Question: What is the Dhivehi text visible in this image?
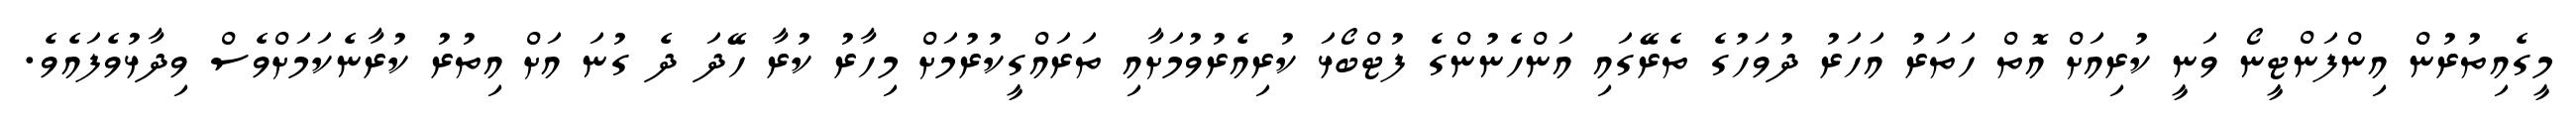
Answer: މީގެއިތުރުން އިންފަންޓީނޯ ވަނީ ކުރިއަށް އޮތް ހަތަރު އަހަރު ދުވަހުގެ ތެރޭގައި އަންހެނުންގެ ފުޓްބޯޅަ ކުރިއެރުވުމަށާއި ތަރައްގީކުރުމަށް މިހާރު ކުރާ ހޭދަ ދެ ގުނަ އަށް އިތުރު ކުރާނެކަމަށްވެސް ވިދާޅުވެފައެވެ.